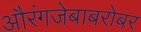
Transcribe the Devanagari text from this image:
औरंगजेबाबरोबर